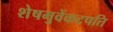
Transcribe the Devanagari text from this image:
शेषमुवेंकटपति